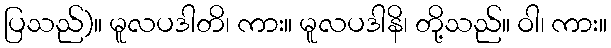
ပြသည်)။ မူလပဒါတိ၊ ကား။ မူလပဒါနိ၊ တို့သည်။ ဝါ၊ ကား။